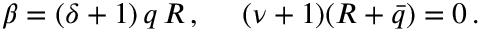
\beta = ( \delta + 1 ) \, q \, R \, , \ \ \ \ ( \nu + 1 ) ( R + \bar { q } ) = 0 \, .